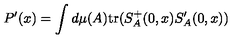
P ^ { \prime } ( x ) = \int d \mu ( A ) \mathrm { t r } ( S _ { A } ^ { + } ( 0 , x ) S _ { A } ^ { \prime } ( 0 , x ) )